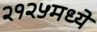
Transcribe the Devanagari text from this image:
२१२५मध्ये